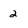
Character: 2